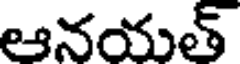
ఆనయత్